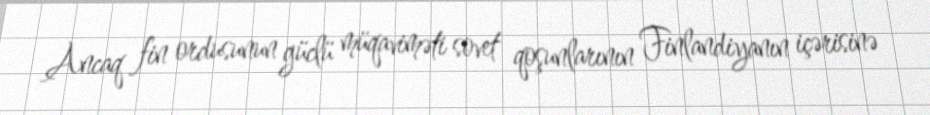
Ancaq fin ordusunun güclü müqaviməti sovet qoşunlarının Finlandiyanın içərisinə